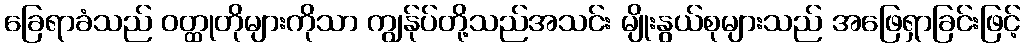
ခြေရာခံသည် ဝတ္ထုတိုများကိုသာ ကျွန်ုပ်တို့သည်အသင်း မျိုးနွယ်စုများသည် အဖြေရှာခြင်းဖြင့်